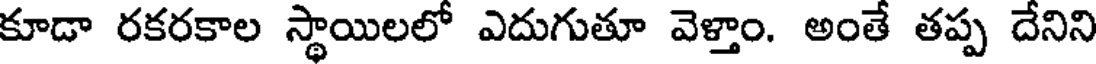
కూడా రకరకాల స్థాయిలలో ఎదుగుతూ వెళ్తాం. అంతే తప్ప దేనిని